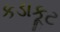
કડાકૂટ